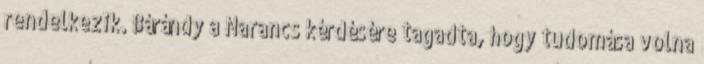
rendelkezik. Bárándy a Narancs kérdésére tagadta, hogy tudomása volna